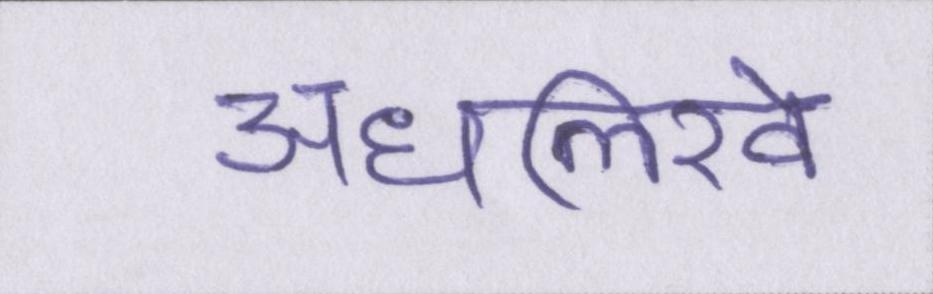
अधलिखे